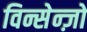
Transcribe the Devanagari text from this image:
विन्सेन्ज़ो